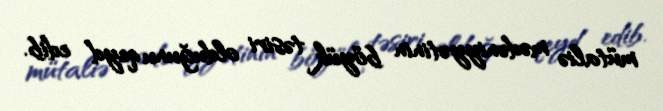
mütaliə mədəniyyətinin böyük təsiri olduğunu qeyd edib.